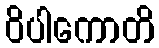
ဝိပါကောတိ